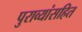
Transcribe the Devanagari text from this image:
पुराव्यांसहित